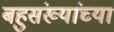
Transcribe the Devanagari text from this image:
बहुसंख्यांच्या